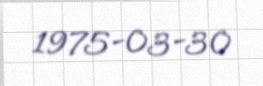
1975-03-30